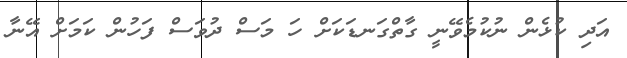
އަދި ކުޅެން ނުކުމެވޭނީ ގާތްގަނޑަކަށް ހަ މަސް ދުވަސް ފަހުން ކަމަށް އޭނާ